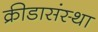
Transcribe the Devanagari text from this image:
क्रीडासंस्था